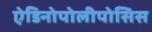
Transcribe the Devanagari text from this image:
ऐडिनोपोलीपोसिस